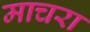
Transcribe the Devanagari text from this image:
माचरा